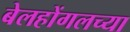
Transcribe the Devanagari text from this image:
बेलहोंगलच्या